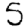
Digit: 5